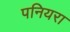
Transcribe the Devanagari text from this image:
पनियरा